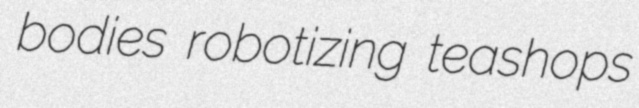
bodies robotizing teashops